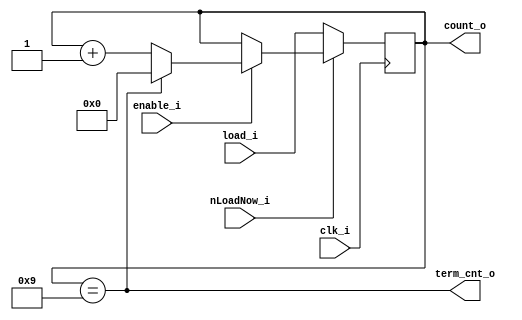
module cntrStage
  #(parameter cntr_tc_p = 9) (
  input                    clk_i,
  input                    nLoadNow_i,  //boolean flag to tell us to load
  input  [cntr_bits_p-1:0] load_i,      //the value we are actually loading
  input                    enable_i,
  output                   term_cnt_o,
  output [cntr_bits_p-1:0] count_o );

  localparam cntr_bits_p = $clog2(cntr_tc_p + 1);

  reg [cntr_bits_p-1:0] count_r = 0;

  always @(posedge clk_i) begin
    if (~nLoadNow_i)
      count_r <= load_i;            // if loadNow_i then count_r = load_i
    else if (enable_i) begin
      if (count_r == cntr_tc_p[cntr_bits_p-1:0])
        count_r <= 1'b0;            // enabled & at tc, wrap to 0
      else
        count_r <= count_r + 1'b1;  // enabled & not TC, so increment
    end
  end

  // set outputs from registers used in the always block
  assign count_o = count_r;
  assign term_cnt_o = (count_r == cntr_tc_p[cntr_bits_p-1:0]);

endmodule